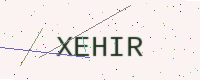
Text: XEHIR